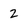
Character: 2